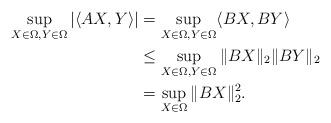
LaTeX: \begin{align*}\sup_{X\in\Omega,Y\in\Omega}|\langle AX,Y\rangle|&=\sup_{X\in\Omega,Y\in\Omega}\langle BX,BY\rangle\\&\leq\sup_{X\in\Omega,Y\in\Omega}\|BX\|_2\|BY\|_2\\&=\sup_{X\in\Omega}\|BX\|_2^2.\end{align*}